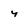
Character: y